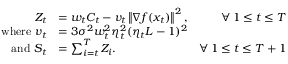
\begin{array} { r l r } { Z _ { t } } & { = w _ { t } C _ { t } - v _ { t } \left\Vert \nabla f ( x _ { t } ) \right\Vert ^ { 2 } , } & { \forall \, 1 \le t \le T } \\ { \mathrm { w h e r e ~ } v _ { t } } & { = 3 \sigma ^ { 2 } w _ { t } ^ { 2 } \eta _ { t } ^ { 2 } ( \eta _ { t } L - 1 ) ^ { 2 } } \\ { \mathrm { a n d ~ } S _ { t } } & { = \sum _ { i = t } ^ { T } Z _ { i } . } & { \forall \, 1 \le t \le T + 1 } \end{array}